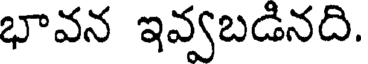
భావన ఇవ్వబడినది.